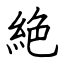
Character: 絶